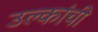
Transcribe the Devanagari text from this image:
उल्कांची